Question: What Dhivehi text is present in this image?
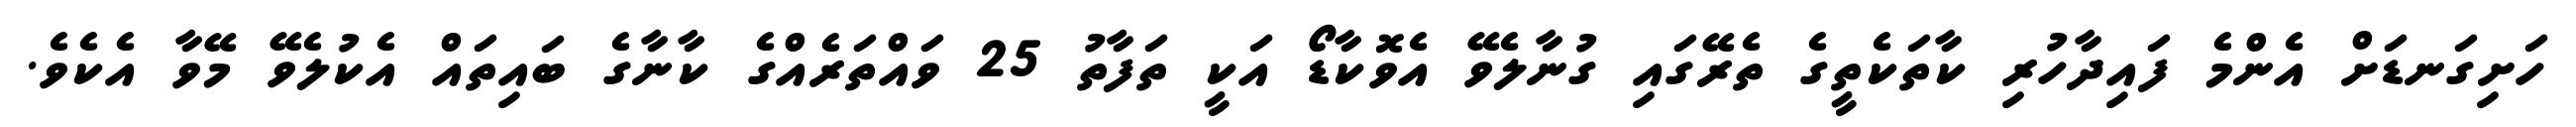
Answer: ހަށިގަނޑަށް އެންމެ ފައިދާހުރި ކާތަކެތީގެ ތެރޭގައި ގުނާލެވޭ އެވޮކާޑޯ އަކީ ތަފާތު 25 ވައްތަރެއްގެ ކާނާގެ ބައިތައް އެކުލެވޭ މޭވާ އެކެވެ.